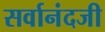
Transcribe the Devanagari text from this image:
सर्वानंदजी